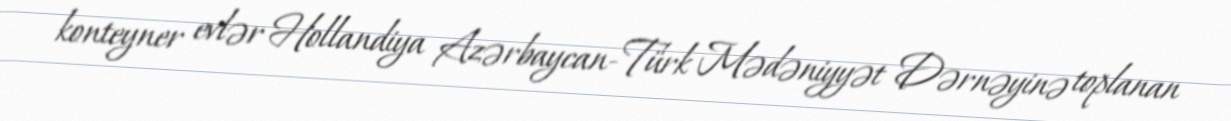
konteyner evlər Hollandiya Azərbaycan-Türk Mədəniyyət Dərnəyinə toplanan